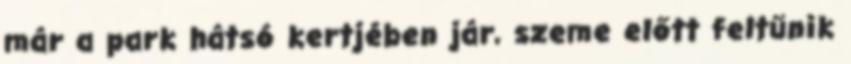
már a park hátsó kertjében jár, szeme előtt feltűnik